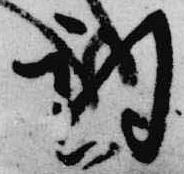
詞